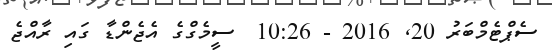
ސެޕްޓެމްބަރު 20